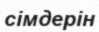
сімдерін